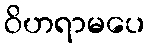
ဝိဟရာမပေ